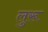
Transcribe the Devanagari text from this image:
लुरू